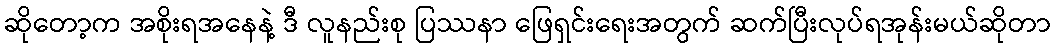
ဆိုတော့က အစိုးရအနေနဲ့ ဒီ လူနည်းစု ပြဿနာ ဖြေရှင်းရေးအတွက် ဆက်ပြီးလုပ်ရအုန်းမယ်ဆိုတာ